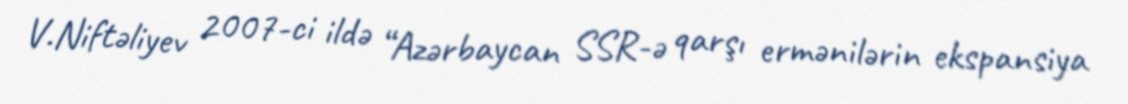
V.Niftəliyev 2007-ci ildə “Azərbaycan SSR-ə qarşı ermənilərin ekspansiya